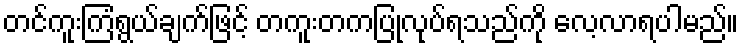
တင်ကူးကြံရွယ်ချက်ဖြင့် တကူးတကပြုလုပ်ရသည်ကို လေ့လာရပါမည်။